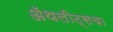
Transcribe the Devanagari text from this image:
ॲथलीट्सचा